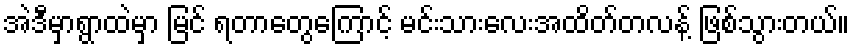
အဲဒီမှာရွာထဲမှာ မြင် ရတာတွေကြောင့် မင်းသားလေးအထိတ်တလန့် ဖြစ်သွားတယ်။